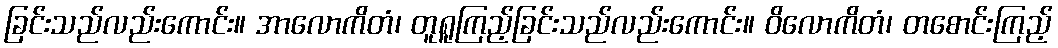
ခြင်းသည်လည်းကောင်း။ အာလောကိတံ၊ တူရူကြည့်ခြင်းသည်လည်းကောင်း။ ဝိလောကိတံ၊ တစောင်းကြည့်